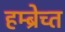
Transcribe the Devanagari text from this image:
हम्ब्रेच्त